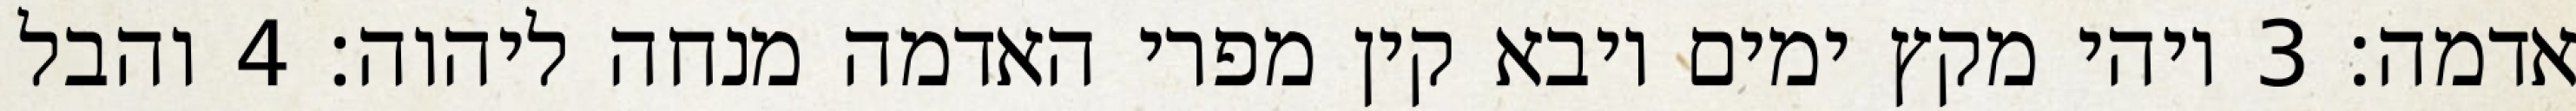
אדמה׃ ‎3‏ ויהי מקץ ימים ויבא קין מפרי האדמה מנחה ליהוה׃ ‎4‏ והבל